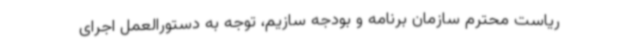
ریاست محترم سازمان برنامه و بودجه سازیم، توجه به دستورالعمل اجرای